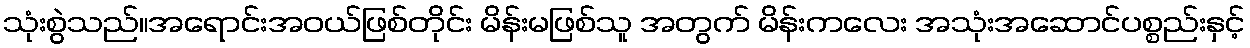
သုံးစွဲသည်။အရောင်းအဝယ်ဖြစ်တိုင်း မိန်းမဖြစ်သူ အတွက် မိန်းကလေး အသုံးအဆောင်ပစ္စည်းနှင့်